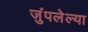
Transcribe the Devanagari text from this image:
जुंपलेल्या